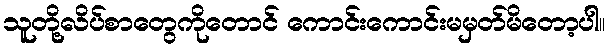
သူတို့လိပ်စာတွေကိုတောင် ကောင်းကောင်းမမှတ်မိတော့ပါ။